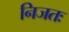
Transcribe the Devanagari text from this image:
निजतः